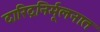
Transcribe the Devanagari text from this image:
दारिद्रनिर्मूलनात